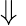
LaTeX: \Downarrow{}